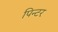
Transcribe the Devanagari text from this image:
पिन्टर